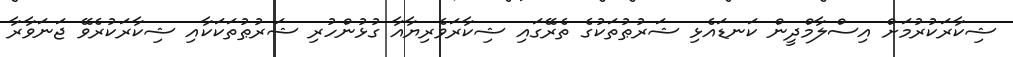
ޝިކާރަކުރުމަށް އިސްލާމްދީން ކަނޑައެޅި ޝަރުޠުތަކުގެ ތެރޭގައި ޝިކާރަވެރިޔާއާ ގުޅުންހުރި ޝަރުޠުތަކަކާއި ޝިކާރަކުރެވޭ ޖަނަވާރާ